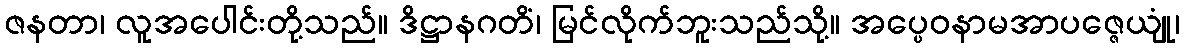
ဇနတာ၊ လူအပေါင်းတို့သည်။ ဒိဋ္ဌာနဂတိံ၊ မြင်လိုက်ဘူးသည်သို့။ အပ္ပေဝနာမအာပဇ္ဇေယျုံ၊